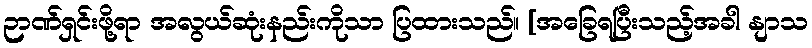
ဉာဏ်ရှင်းဖို့ရာ အလွယ်ဆုံးနည်းကိုသာ ပြထားသည်။ [အခြေရပြီးသည့်အခါ နျာသ